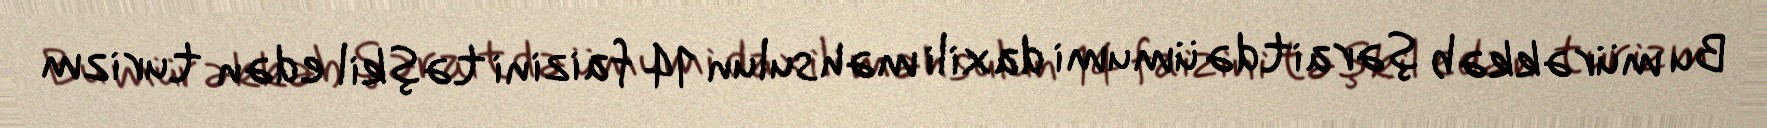
Bu mürəkkəb şəraitdə ümumi daxili məhsulun 14 faizini təşkil edən turizm